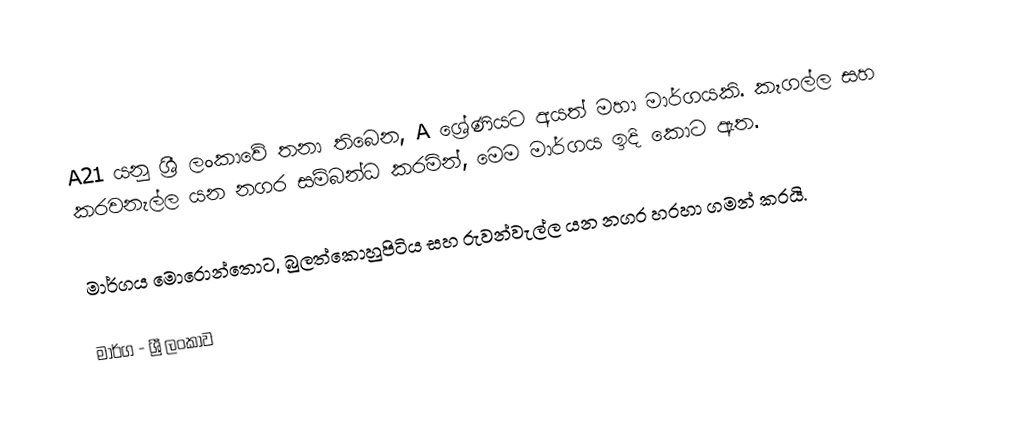
A21 යනු ශ්‍රී ලංකාවේ තනා තිබෙන, A ශ්‍රේණියට අයත් මහා මාර්ගයකි. කෑගල්ල සහ කරවනැල්ල යන නගර සම්බන්ධ කරමින්, මෙම මාර්ගය ඉදි කොට ඇත.

මාර්ගය මොරොන්තොට, බුලත්කොහුපිටිය සහ රුවන්වැල්ල යන නගර හරහා ගමන් කරයි.

මාර්ග - ශ්‍රී ලංකාව